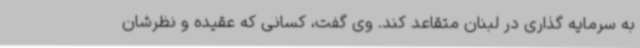
به سرمایه گذاری در لبنان متقاعد کند. وی گفت، کسانی که عقیده و نظرشان